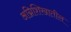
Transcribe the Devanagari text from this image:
अग्निशिखातील